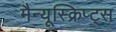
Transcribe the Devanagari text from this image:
मैन्यूस्क्रिप्ट्स